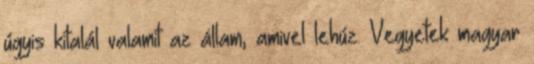
úgyis kitalál valamit az állam, amivel lehúz. Vegyetek magyar